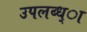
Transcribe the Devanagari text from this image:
उपलब्ध्ा